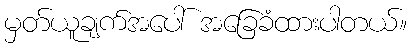
မှတ်ယူချက်အပေါ် အခြေခံထားပါတယ်။